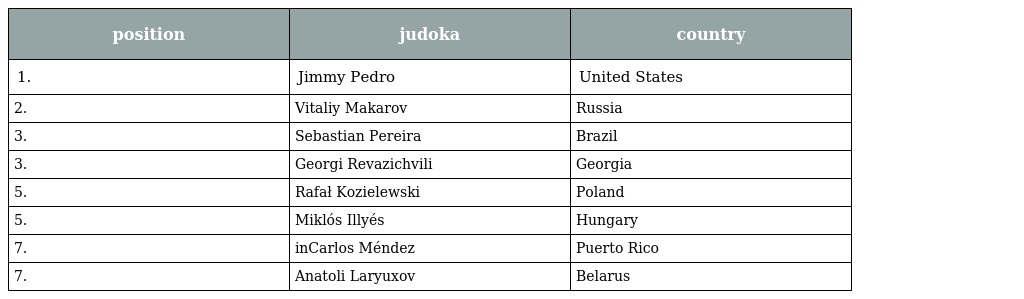
| position | judoka | country |
 | --- | --- | --- |
 | 1. | Jimmy Pedro | United States |
 | 2. | Vitaliy Makarov | Russia |
 | 3. | Sebastian Pereira | Brazil |
 | 3. | Georgi Revazichvili | Georgia |
 | 5. | Rafał Kozielewski | Poland |
 | 5. | Miklós Illyés | Hungary |
 | 7. | inCarlos Méndez | Puerto Rico |
 | 7. | Anatoli Laryuxov | Belarus |